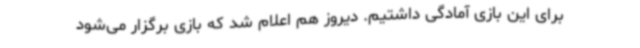
برای این بازی آمادگی داشتیم. دیروز هم اعلام شد که بازی برگزار می‌شود